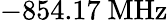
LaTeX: -854.17~\mathrm{MHz}